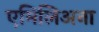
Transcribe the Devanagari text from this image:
एमिलिअना